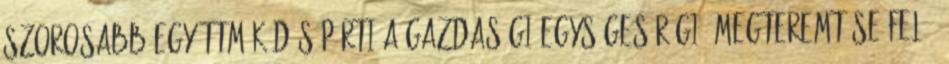
szorosabb együttműködés párti a gazdasági egységes régió megteremtése felé.